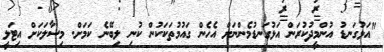
"އަޅުގަނޑު އުންމީދުކުރަން އަޅުގަނޑުމެންނަށް އެހެން ގައުމުތަކަކުން ކުނި ލިބޭނެ ކަމަށް. މިސާލަކަށް އިޓަލީ